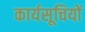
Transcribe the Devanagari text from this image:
कार्यसूचियों